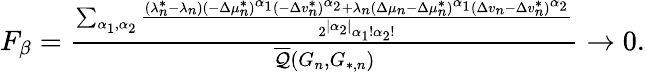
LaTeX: \begin{array}{r}{F_{\beta}=\frac{\sum_{\alpha_{1},\alpha_{2}}{\frac{(\lambda_{n}^{*}-\lambda_{n})(-\Delta\mu_{n}^{*})^{\alpha_{1}}(-\Delta v_{n}^{*})^{\alpha_{2}}+\lambda_{n}(\Delta\mu_{n}-\Delta\mu_{n}^{*})^{\alpha_{1}}(\Delta v_{n}-\Delta v_{n}^{*})^{\alpha_{2}}}{2^{|\alpha_{2}|}\alpha_{1}!\alpha_{2}!}}}{\overline{{\mathcal{Q}}}(G_{n},G_{*,n})}\to 0.}\end{array}